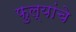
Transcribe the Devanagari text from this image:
फुल्यांचे